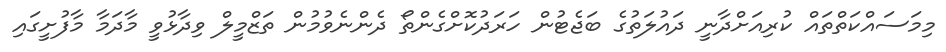
މިމަސައްކަތްތައް ކުރިއަށްދާނީ ދައުލަތުގެ ބަޖެޓުން ހަރަދުކޮށްގެންތޯ ދެންނެވުމުން ތަޒްމީލް ވިދާޅުވީ މާދަމާ މާފުށީގައި